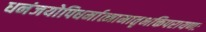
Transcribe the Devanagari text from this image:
धनंजयोपिधर्मात्मामातृभक्तिपरायणः